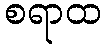
စရာထ